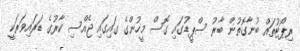
ރިޕޯޓުތައް ބުނާގޮތުން ބާރު ސްޕީޑުގައި ގޮސް މީހުންގެ ގައިގައި ޖެއްސި ކާރުގެ ޑަރައިވަރަކީ